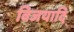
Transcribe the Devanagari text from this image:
विजयादि